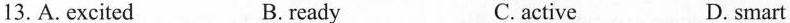
13.A. excited B. ready C.active D. smart